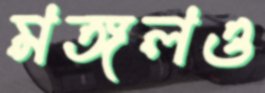
মঙ্গলও